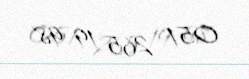
051 265 19 98